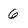
Character: 6